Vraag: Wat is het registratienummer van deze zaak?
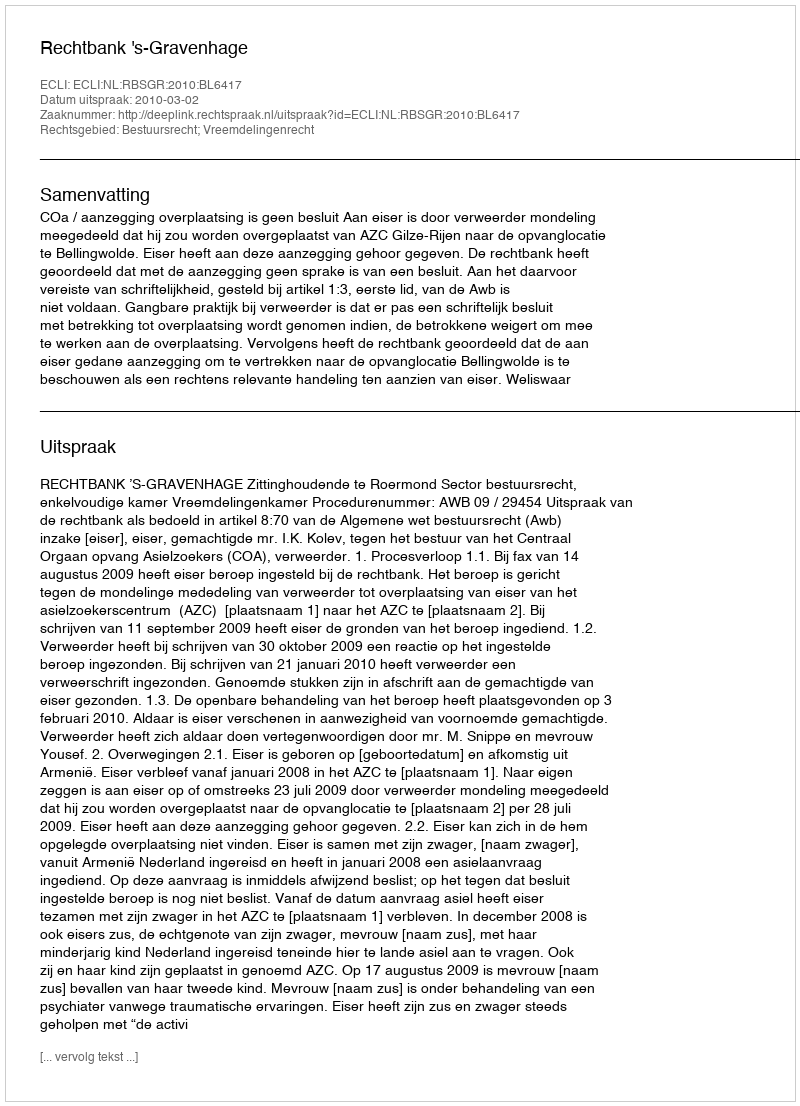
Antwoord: http://deeplink.rechtspraak.nl/uitspraak?id=ECLI:NL:RBSGR:2010:BL6417